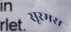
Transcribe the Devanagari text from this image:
सूरमस